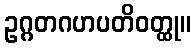
ဥဂ္ဂတဂဟပတိဝတ္ထု။